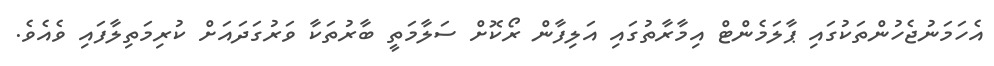
އެހަމަނުޖެހުންތަކުގައި ޕާލަމެންޓް އިމާރާތުގައި އަލިފާން ރޯކޮށް ސަލާމަތީ ބާރުތަކާ ވަރުގަދައަށް ކުރިމަތިލާފައި ވެއެވެ.